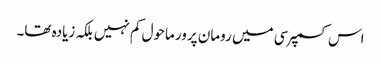
اس کسمپرسی میں رومان پرور ماحول کم نہیں بلکہ زیادہ تھا۔